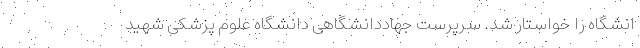
انشگاه را خواستار شد. سرپرست جهاددانشگاهی دانشگاه علوم پزشکی شهید